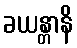
ခယန္တာနိ